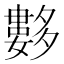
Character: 𡗆